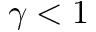
\gamma < 1